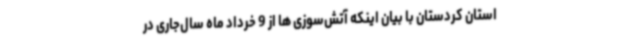
استان کردستان با بیان اینکه آتش‌سوزی ها از 9 خرداد ماه سال‌جاری در